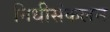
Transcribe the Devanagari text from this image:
निधीसंकलन